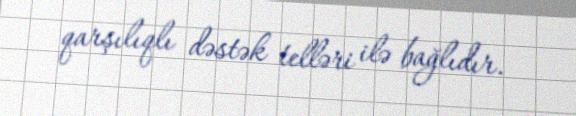
qarşılıqlı dəstək telləri ilə bağlıdır.